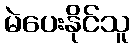
မဲပေးနိုင်သူ